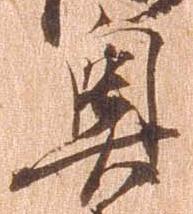
奥